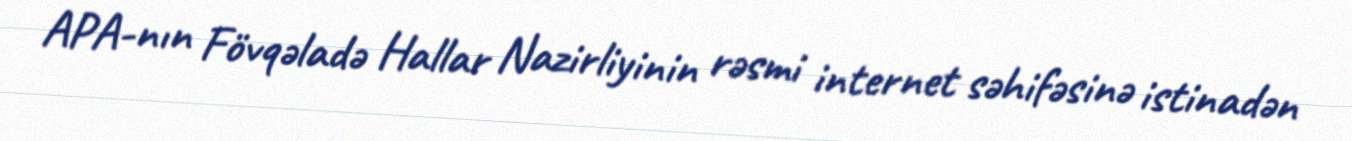
APA-nın Fövqəladə Hallar Nazirliyinin rəsmi internet səhifəsinə istinadən